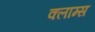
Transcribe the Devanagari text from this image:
क्लाम्स